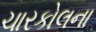
ચારકોલના